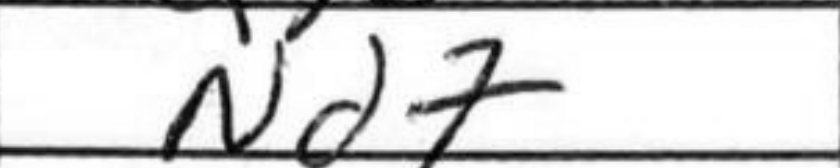
Transcription: Nd7